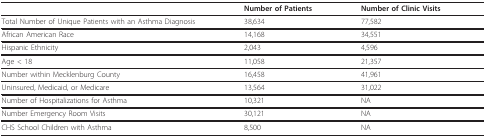
<table><thead><tr><td></td><td><b>Number of Patients</b></td><td><b>Number of Clinic Visits</b></td></tr></thead><tbody><tr><td>Total Number of Unique Patients with an Asthma Diagnosis</td><td>38,634</td><td>77,582</td></tr><tr><td>African American Race</td><td>14,168</td><td>34,551</td></tr><tr><td>Hispanic Ethnicity</td><td>2,043</td><td>4,596</td></tr><tr><td>Age &lt; 18</td><td>11,058</td><td>21,357</td></tr><tr><td>Number within Mecklenburg County</td><td>16,458</td><td>41,961</td></tr><tr><td>Uninsured, Medicaid, or Medicare</td><td>13,564</td><td>31,022</td></tr><tr><td>Number of Hospitalizations for Asthma</td><td>10,321</td><td>NA</td></tr><tr><td>Number Emergency Room Visits</td><td>30,121</td><td>NA</td></tr><tr><td>CHS School Children with Asthma</td><td>8,500</td><td>NA</td></tr></tbody></table>